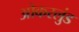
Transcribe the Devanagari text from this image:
ओकरलुंड